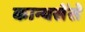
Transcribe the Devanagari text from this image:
कान्यसेंसे